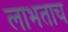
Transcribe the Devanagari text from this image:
लाभताच